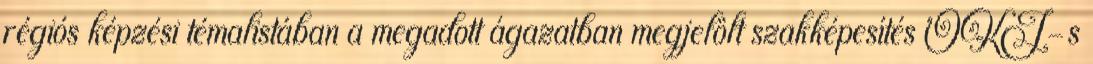
régiós képzési témalistában a megadott ágazatban megjelölt szakképesítés OKJ-s